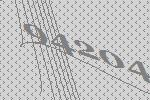
94204